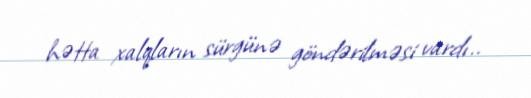
hətta xalqların sürgünə göndərilməsi vardı..